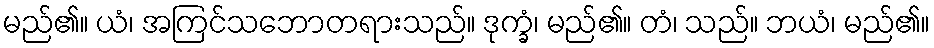
မည်၏။ ယံ၊ အကြင်သဘောတရားသည်။ ဒုက္ခံ၊ မည်၏။ တံ၊ သည်။ ဘယံ၊ မည်၏။